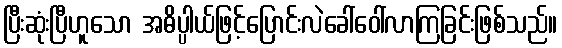
ပြီးဆုံးပြီဟူသော အဓိပ္ပါယ်ဖြင့်ပြောင်းလဲခေါ်ဝေါ်လာကြခြင်းဖြစ်သည်။